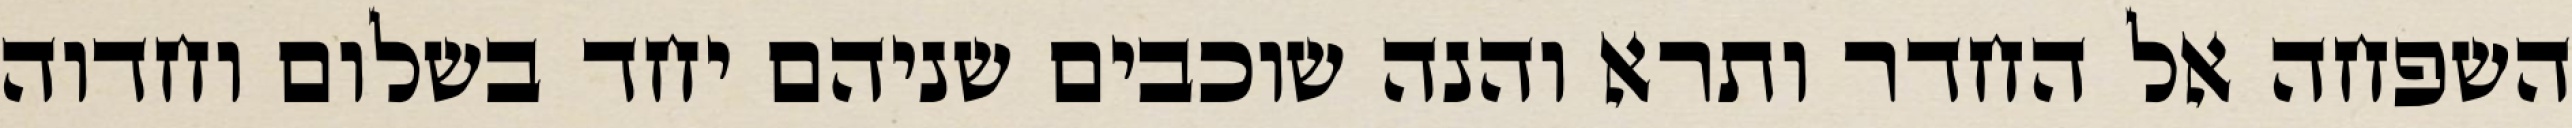
השפחה אל החדר ותרא והנה שוכבים שניהם יחד בשלום וחדוה